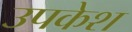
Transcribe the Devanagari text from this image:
उपकेश